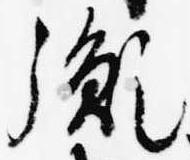
胤